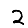
Digit: 2